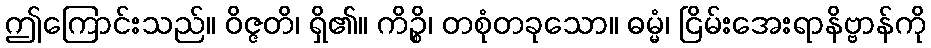
ဤကြောင်းသည်။ ဝိဇ္ဇတိ၊ ရှိ၏။ ကိဉ္စိ၊ တစုံတခုသော။ ဓမ္မံ၊ ငြိမ်းအေးရာနိဗ္ဗာန်ကို